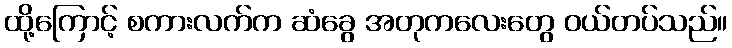
ထို့ကြောင့် စကားလက်က ဆံခွေ အတုကလေးတွေ ဝယ်တပ်သည်။